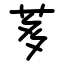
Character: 茤